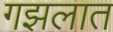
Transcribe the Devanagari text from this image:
गझलात